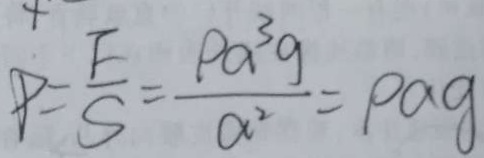
P = \frac { E } { S } = \frac { P a ^ { 3 } g } { a ^ { 2 } } = p a g